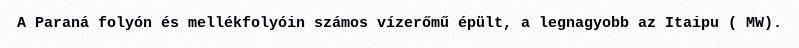
A Paraná folyón és mellékfolyóin számos vízerőmű épült, a legnagyobb az Itaipu ( MW).